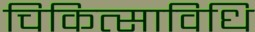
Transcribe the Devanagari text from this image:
चिकित्साविधि